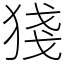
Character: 㹽